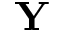
\mathbf { Y }